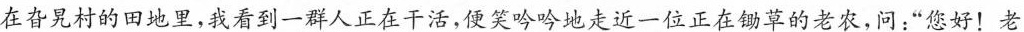
在旮旯村的田地里，我看到一群人正在干活，便笑吟吟地走近一位正在草的老